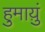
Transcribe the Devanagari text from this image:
हुमाय़ुं